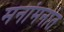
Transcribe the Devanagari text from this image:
मनांमनांत